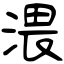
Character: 渨